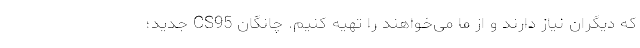
که دیگران نیاز دارند و از ما می‌خواهند را تهیه کنیم. چانگان CS95 جدید؛